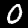
Digit: 0